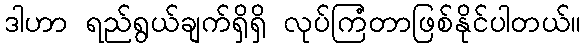
ဒါဟာ ရည်ရွယ်ချက်ရှိရှိ လုပ်ကြံတာဖြစ်နိုင်ပါတယ်။